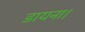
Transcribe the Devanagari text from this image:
डायना।